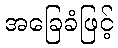
အခြေခံဖြင့်